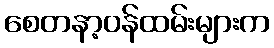
စေတနာ့ဝန်ထမ်းများက